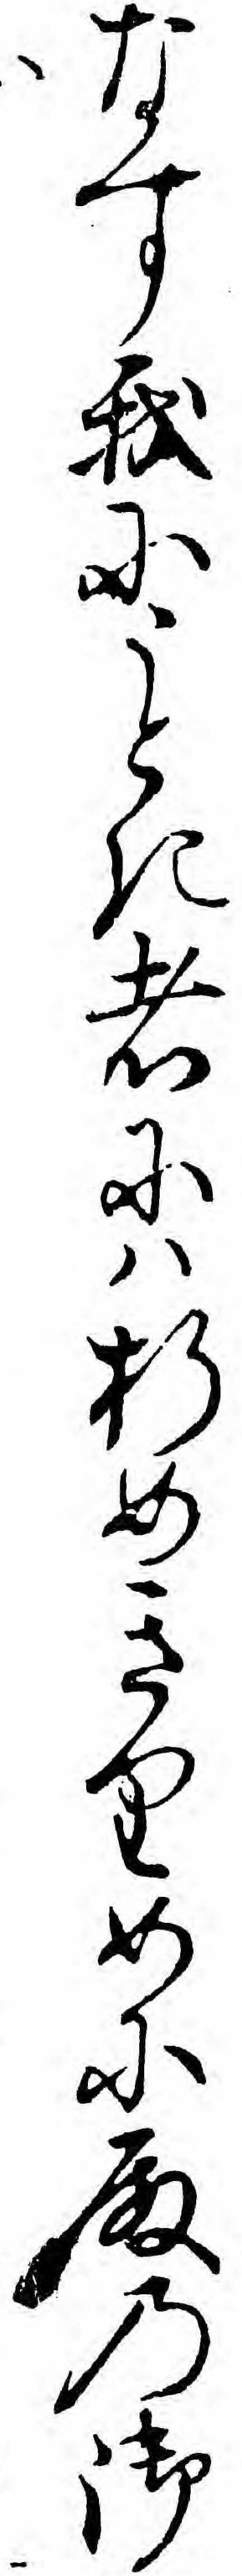
なす我にうとき者にハ折めきりめに殿の御